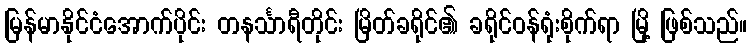
မြန်မာနိုင်ငံအောက်ပိုင်း တနင်္သာရီတိုင်း မြိတ်ခရိုင်၏ ခရိုင်ဝန်ရုံးစိုက်ရာ မြို့ ဖြစ်သည်။